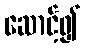
ဆောင့်၍